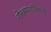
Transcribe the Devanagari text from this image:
रोखण्याविषयी